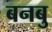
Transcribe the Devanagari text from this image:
बनबु